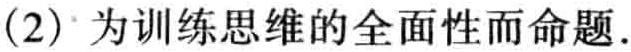
(2) 为训练思维的全面性而命题.